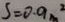
s = 0 . 9 m ^ { 2 }